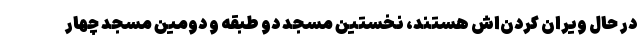
در حال ویران کردن‌اش هستند، نخستین مسجد دو طبقه و دومین مسجد چهار